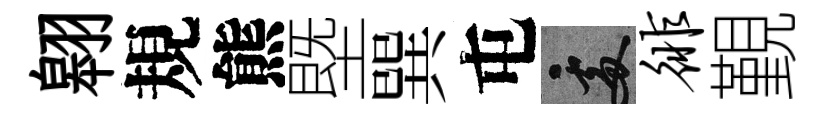
翱規熊塈巽屯處徘覲